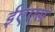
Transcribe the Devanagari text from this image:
ईएएस